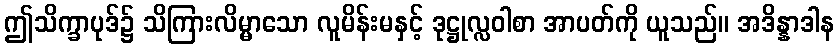
ဤသိက္ခာပုဒ်၌ သိကြားလိမ္မာသော လူမိန်းမနှင့် ဒုဋ္ဌုလ္လဝါစာ အာပတ်ကို ယူသည်။ အဒိန္နာဒါန